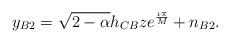
LaTeX: \begin{align*}y_{B2}=\sqrt{2-\alpha}h_{CB}z e^{\frac{\iota\pi}{M}}+n_{B2}.\end{align*}